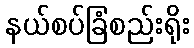
နယ်စပ်ခြံစည်းရိုး